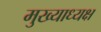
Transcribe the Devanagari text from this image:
मुख्याध्यक्ष